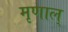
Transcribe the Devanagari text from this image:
मृणाल्